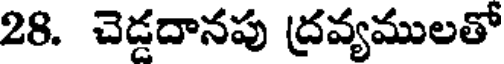
28. చెడదానపు ద్రవ్యములతో